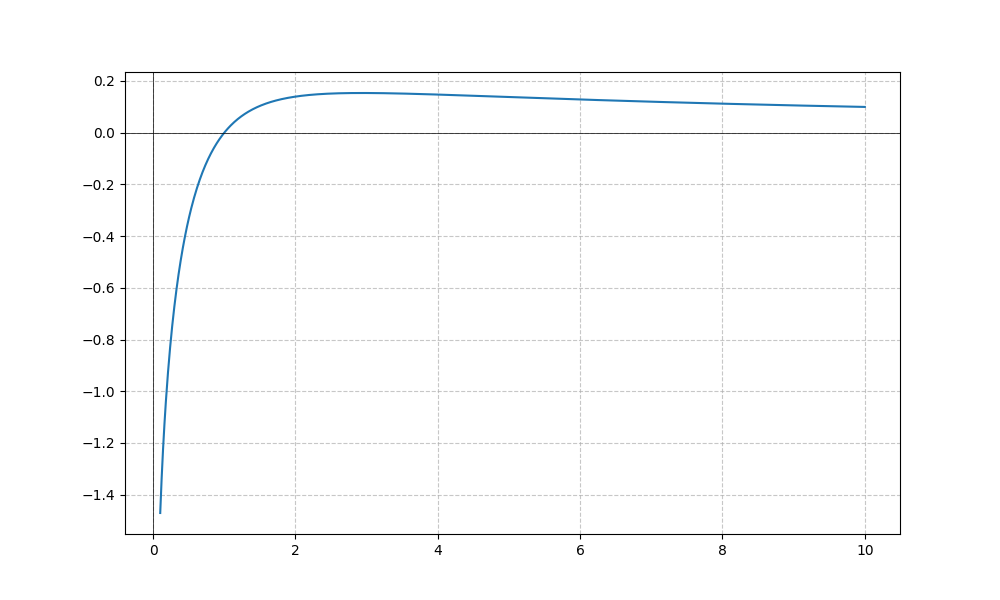
LaTeX formula: \frac{\log{\left(x \right)} \operatorname{acot}{\left(x \right)}}{\log{\left(10 \right)}}